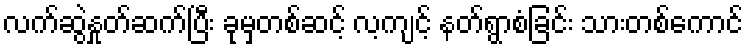
လက်ဆွဲနှုတ်ဆက်ပြီး ခုမှတစ်ဆင့် လ့ကျင့် နတ်ရွာစံခြင်း သားတစ်ကောင်